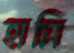
হামি